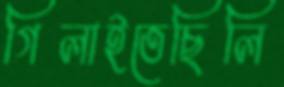
গিলাইতেছিলি